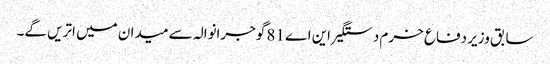
سابق وزیر دفاع خرم دستگیر این اے 81 گوجرانوالہ سے میدان میں اتریں گے۔